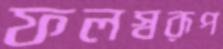
ফলস্বরূপ